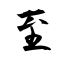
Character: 至